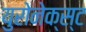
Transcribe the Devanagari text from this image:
युरोनेक्स्ट